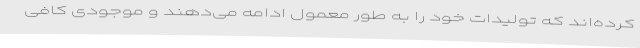
کرده‌اند که تولیدات خود را به طور معمول ادامه می‌دهند و موجودی کافی